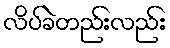
လိပ်ခဲတည်းလည်း